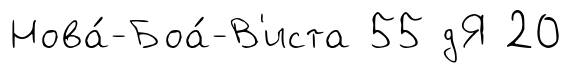
Нова́-Боа́-В'иста 55 дЯ 20